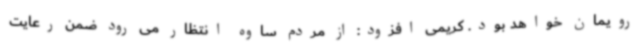
رویمان خواهد بود. کریمی افزود: از مردم ساوه انتظار می رود ضمن رعایت